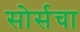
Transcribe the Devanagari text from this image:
सोर्सचा